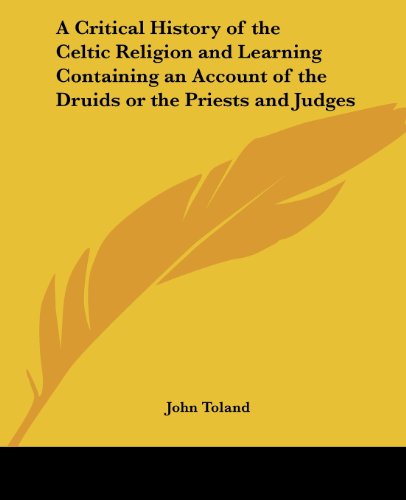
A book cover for A Critical History of the Celtic Religion and Learning Containing an Account of the Druids or the Priests and Judges; John Toland; Religion & Spirituality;